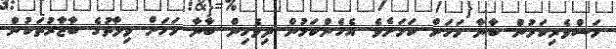
މަސްވެރިކަމުން ބާނާ މަހަށް ކަމަށެވެ. އެހެންކަމުން ދިވެހިން ބާނާ މަހަށް ވިލާތުގެ ބާޒާރުތަކުން